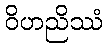
ဝိဟညိဿံ